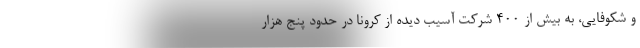
و شکوفایی‌، به بیش از ۴۰۰ شرکت آسیب دیده از کرونا در حدود پنج هزار